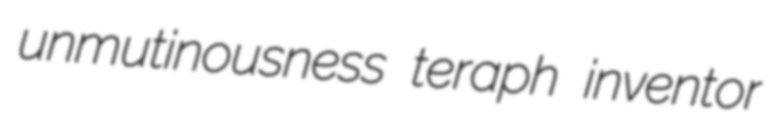
unmutinousness teraph inventor